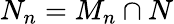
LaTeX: N_{n}=M_{n}\cap N